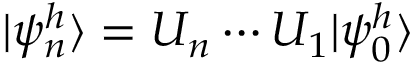
| \psi _ { n } ^ { h } \rangle = U _ { n } \cdots U _ { 1 } | \psi _ { 0 } ^ { h } \rangle